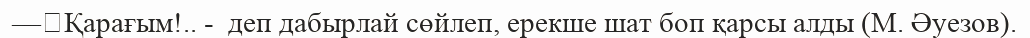
—	Қарағым!.. -  деп дабырлай сөйлеп, ерекше шат боп қарсы алды (М. Әуезов).